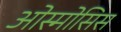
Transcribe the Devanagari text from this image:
ओस्मोसिस